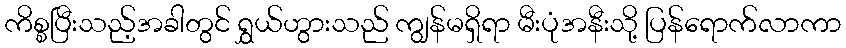
ကိစ္စပြီးသည့်အခါတွင် ရွှယ်ဟွားသည် ကျွန်မရှိရာ မီးပုံအနီးသို့ ပြန်ရောက်လာကာ